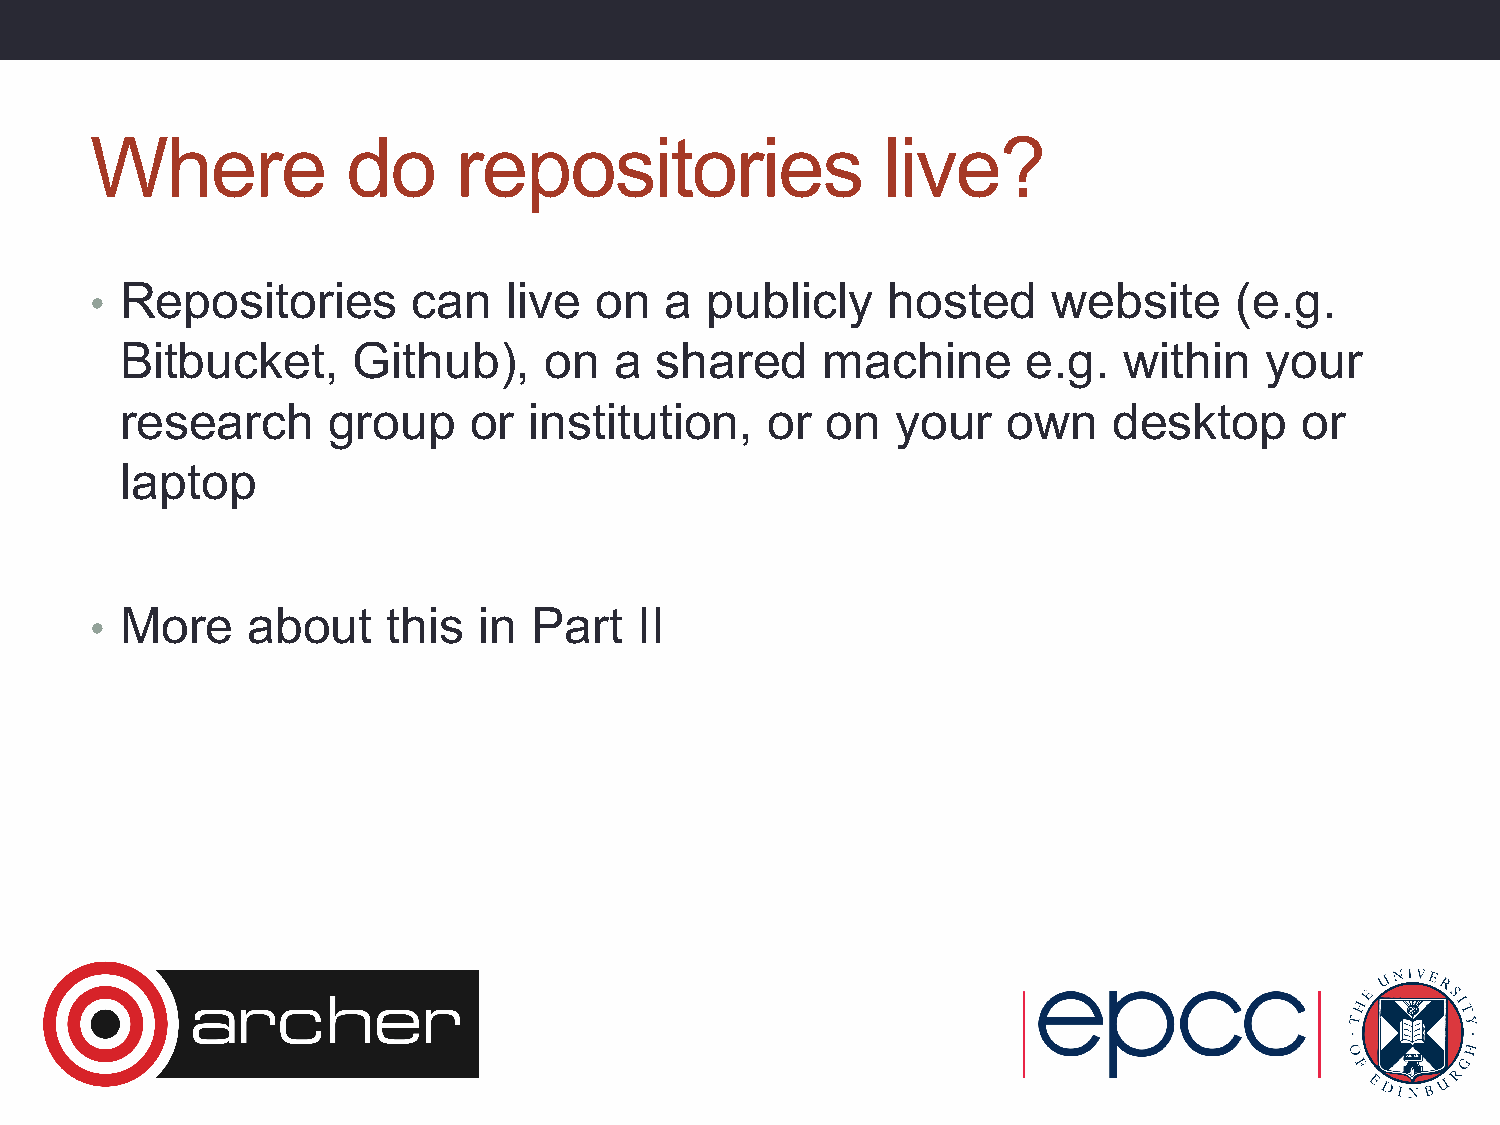
Where            do     repositories                live?
 Repositories       can    live on   a  publicly    hosted     website     (e.g.
 •
 Bitbucket,     Github),     on   a shared     machine       e.g.  within    your
 research      group    or  institution,    or  on  your    own    desktop     or
 laptop
 More    about     this  in Part   II
 •